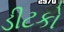
ડીટકો